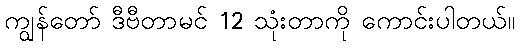
ကျွန်တော် ဒီဗီတာမင် 12 သုံးတာကို ကောင်းပါတယ်။